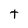
Character: t